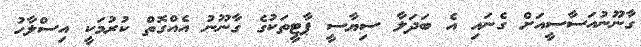
ގާނޫނުއަސާސީއަށް ގެނައި އެ ބަދަލާ ސިޔާސީ ޕާޓީތަކުގެ ގާނޫނު އެއްގޮތް ކުރުމަކީ އިސްލާހު